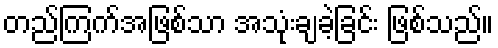
တည်ကြက်အဖြစ်သာ အသုံးချခဲ့ခြင်း ဖြစ်သည်။